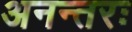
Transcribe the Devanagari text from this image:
अनन्तरः